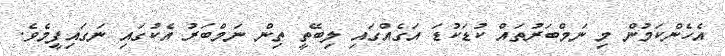
އެހެންކަމުން މި ނަމްބަރުތައް ކުޑަކުޑަ އަގެއްގައި ލިބޭތީ ތިން ނަމްބަރު އެކުގައި ނަގައިފީމެވެ.